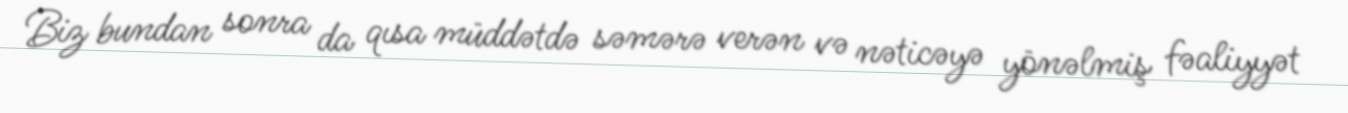
Biz bundan sonra da qısa müddətdə səmərə verən və nəticəyə yönəlmiş fəaliyyət